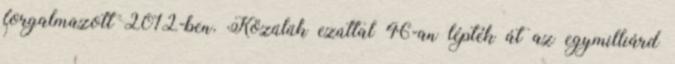
forgalmazott 2012-ben. Közülük ezúttal 46-an lépték át az egymilliárd